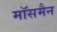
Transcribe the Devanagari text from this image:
मॉसमैन